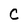
Character: C